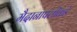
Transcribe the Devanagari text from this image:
मैदानापलीकडे